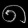
Digit: ၈